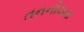
તનનીયતા